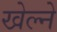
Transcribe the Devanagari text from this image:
खेल्ने